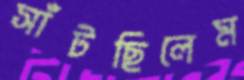
সাঁটছিলেম